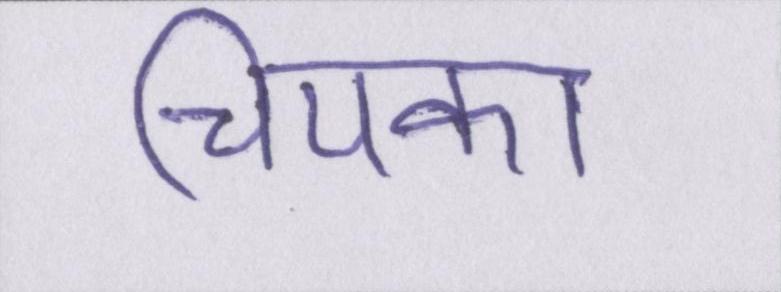
चिपका